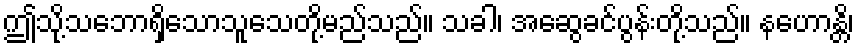
ဤသို့သဘောရှိသောသူသေတို့မည်သည်။ သခါ၊ အဆွေခင်ပွန်းတို့သည်။ နဟောန္တိ၊